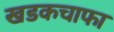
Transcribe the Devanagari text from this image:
खडकचाफा